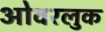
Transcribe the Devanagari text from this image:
ओवरलुक